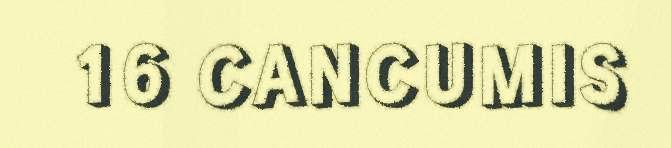
16 CANCUMIS